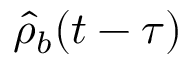
\hat { \rho } _ { b } ( t - \tau )